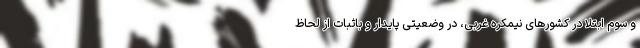
و سوم ابتلا در کشورهای نیمکره غربی، در وضعیتی پایدار و باثبات از لحاظ